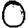
Digit: 0